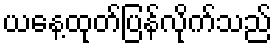
ယနေ့ထုတ်ပြန်လိုက်သည်